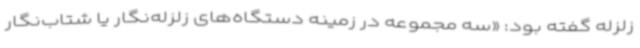
زلزله گفته بود: «سه مجموعه در زمینه دستگاه‌های زلزله‌نگار یا شتاب‌نگار